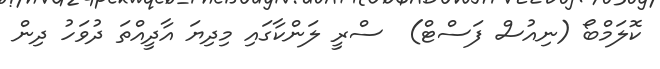
ކޮލަމްބޯ (ނިއުސް ފަސްޓް)  ސްރީ ލަންކާގައި މިދިޔަ އާދީއްތަ ދުވަހު ދިން